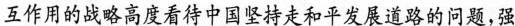
调：”没有和平，中国和世界都不可能顺利发展；没有发展，中